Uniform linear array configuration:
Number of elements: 48
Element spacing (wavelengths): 1
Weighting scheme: kaiser
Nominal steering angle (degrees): -15
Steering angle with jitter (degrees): -15.871
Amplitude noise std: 0.05
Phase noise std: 0.05

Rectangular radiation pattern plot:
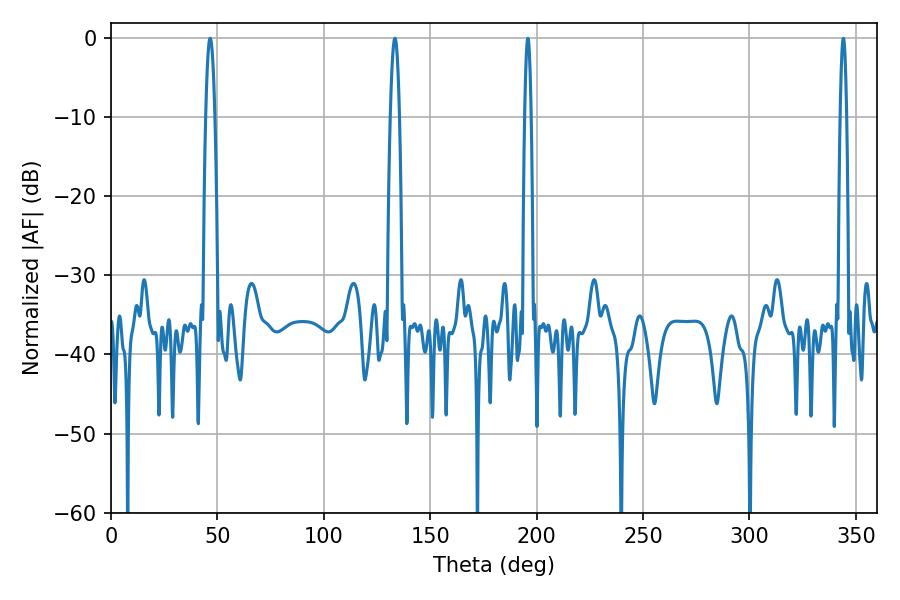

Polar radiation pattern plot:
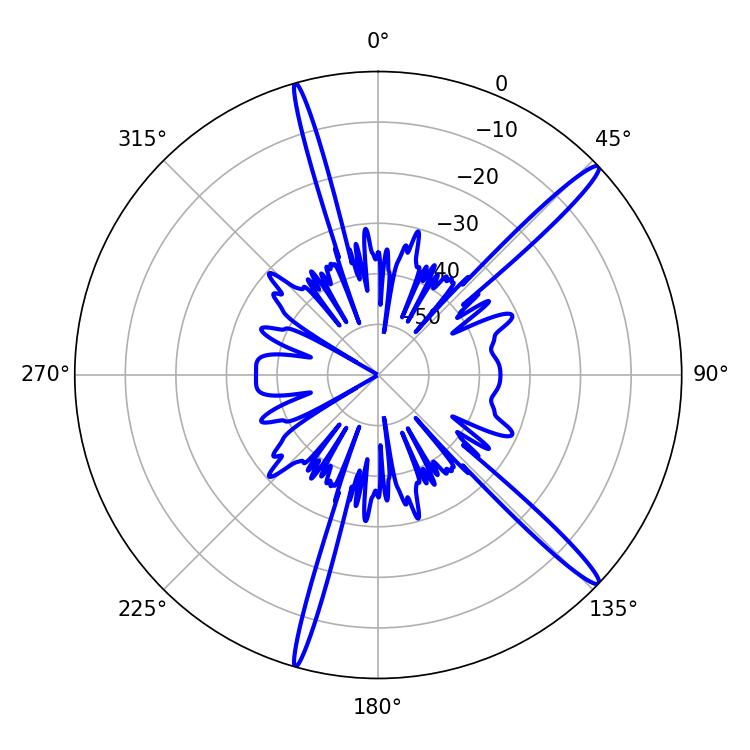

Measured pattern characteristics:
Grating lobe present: TRUE
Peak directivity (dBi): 16.183
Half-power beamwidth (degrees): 2.16
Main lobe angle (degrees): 46.62